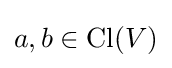
a,b\in \operatorname {Cl} (V)